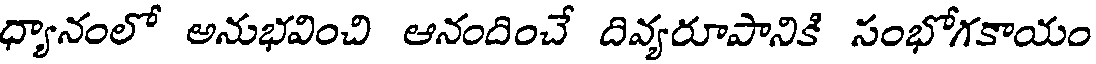
ధ్యానంలో అనుభవించి ఆనందించే దివ్యరూపానికి సంభోగకాయం